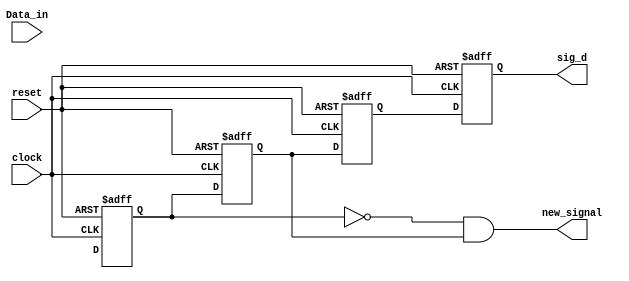
module shifter_2 (sig_d, new_signal, Data_in, clock, reset);
  output 		sig_d, new_signal;
  input 		Data_in, clock, reset;
  
  reg 		sig_a, sig_b, sig_c, sig_d, new_signal;

  always @  (posedge reset or posedge clock)
    begin
      if (reset == 1'b1)
        begin
          sig_a <= 0;
          sig_b <= 0;
          sig_c <= 0;
          sig_d <= 0;
        end
      else  
        begin
          sig_a <= shift_input;
          sig_b <= sig_a;
          sig_c <= sig_b;
          sig_d <= sig_c;
        end
    end
    assign new_signal = (~ sig_a) & sig_b;
 endmodule